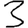
Digit: 3